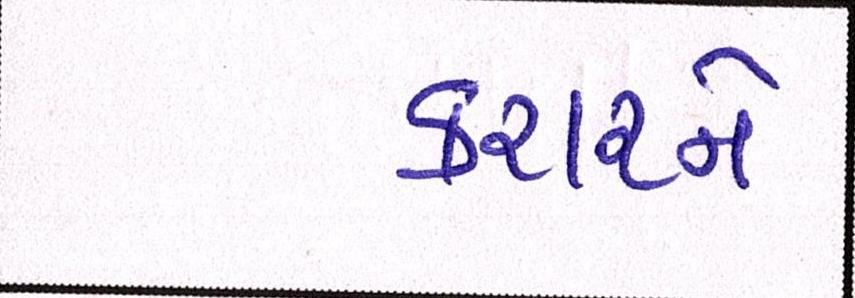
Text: કરારને